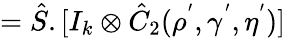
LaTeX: =\hat{S}.[I_{k}\otimes\hat{C}_{2}(\rho^{'},\gamma^{'},\eta^{'})]